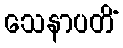
သေနာပတိံ